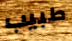
طبيب